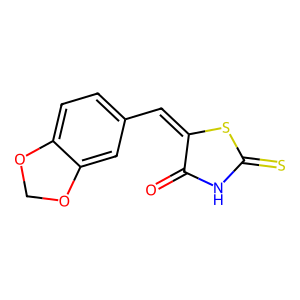
SMILES: O=C1NC(=S)SC1=Cc1ccc2c(c1)OCO2
Inhibits HIV replication: No